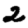
Digit: 2